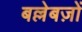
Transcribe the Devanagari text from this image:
बल्लेबज़ों